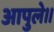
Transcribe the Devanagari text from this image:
आपुले।।